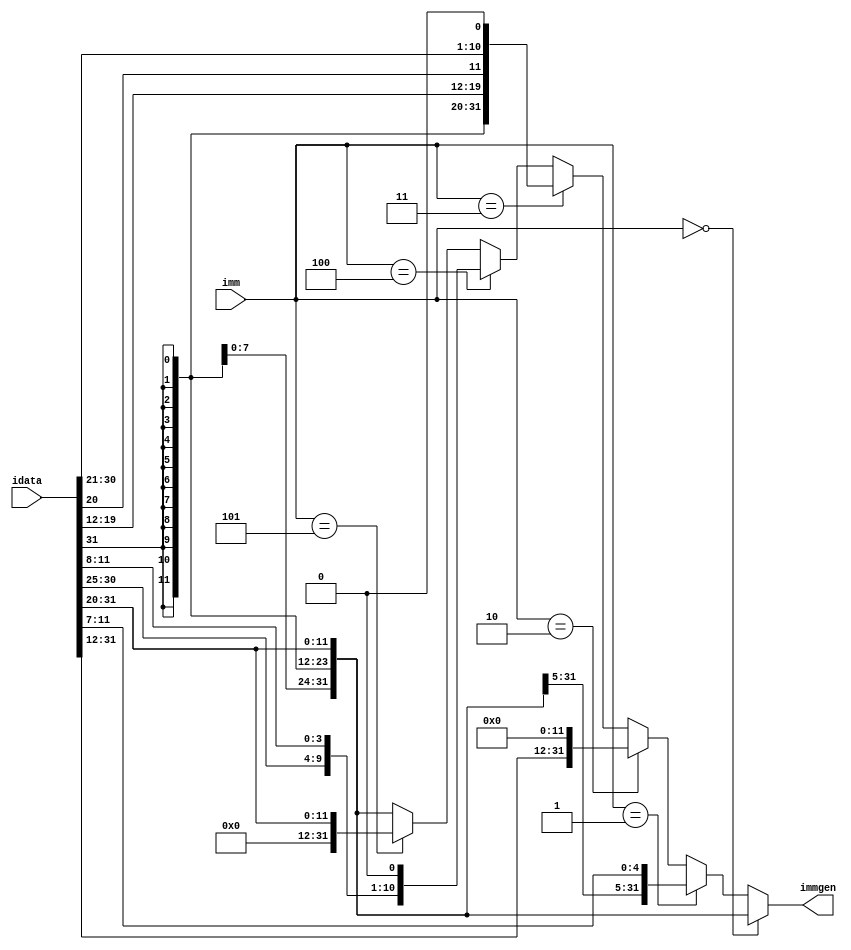
module immgen(
    input [2:0] imm,
    input [31:0] idata,
    output [31:0] immgen
    );
	
	assign immgen = (imm == 3'b000) ? {{20{idata[31]}},idata[31:20]}: //LW JALR ALUI
						 (imm == 3'b001) ? {{20{idata[31]}},idata[31:25],idata[11:7]}: //SW
						 (imm == 3'b010) ? {idata[31:12],{12{1'b0}}}: //LUI AUIPC
						 (imm == 3'b011) ? {{12{idata[31]}}, idata[19:12], idata[20], idata[30:21], 1'b0}: //JAL
						 (imm == 3'b100) ? {{20{idata[31]}},idata[7],idata[30:25],idata[11:8],1'b0}: //BEQ
						 (imm == 3'b101) ? {{20{1'b0}},idata[31:20]} : {{20{idata[31]}},idata[31:20]}; //LU
						 

endmodule